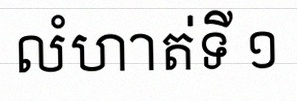
លំហាត់ទី ១